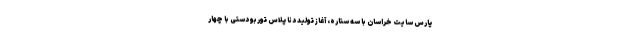
پارس سایت خراسان با سه ستاره، آغاز تولید دنا پلاس توربو دستی با چهار